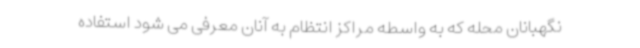
نگهبانان محله که به واسطه مراکز انتظام به آنان معرفی می شود استفاده